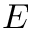
E